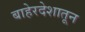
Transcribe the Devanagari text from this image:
बाहेरदेशातून